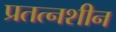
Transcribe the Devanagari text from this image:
प्रतत्नशीन